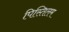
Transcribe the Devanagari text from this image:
पिस्तिलम